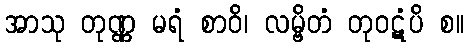
အာသု တုဏ္ဏ မရံ စာဝိ၊ လမ္ဗိတံ တုဝဋံပိ စ။